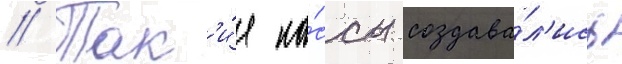
// Так'и́е ка́ссы создава́л'ись